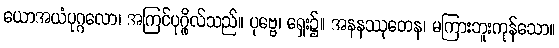
ယောအယံပုဂ္ဂလော၊ အကြင်ပုဂ္ဂိုလ်သည်။ ပုဗ္ဗေ၊ ရှေး၌။ အနနဿုတေန၊ မကြားဘူးကုန်သော။